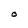
Character: O